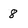
Character: 8